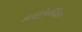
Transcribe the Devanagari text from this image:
डाइऐसीटिल